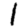
Digit: 1